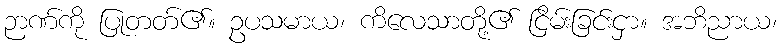
ဉာဏ်ကို ပြုတတ်၏။ ဥပသမာယ၊ ကိလေသာတို့၏ ငြိမ်းခြင်းငှာ။ အဘိညာယ၊